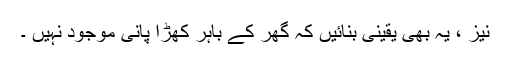
نیز ، یہ بھی یقینی بنائیں کہ گھر کے باہر کھڑا پانی موجود نہیں ۔